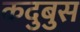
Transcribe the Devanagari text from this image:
कदुबुस